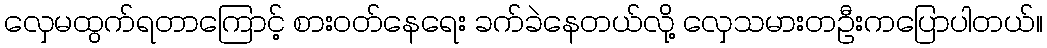
လှေမထွက်ရတာကြောင့် စားဝတ်နေရေး ခက်ခဲနေတယ်လို့ လှေသမားတဦးကပြောပါတယ်။